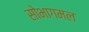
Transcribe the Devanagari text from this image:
सोभागमल